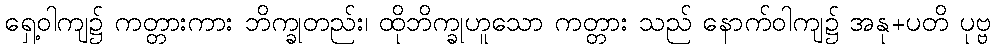
ရှေ့ဝါကျ၌ ကတ္တားကား ဘိက္ခုတည်း၊ ထိုဘိက္ခုဟူသော ကတ္တား သည် နောက်ဝါကျ၌ အနု+ပတိ ပုဗ္ဗ